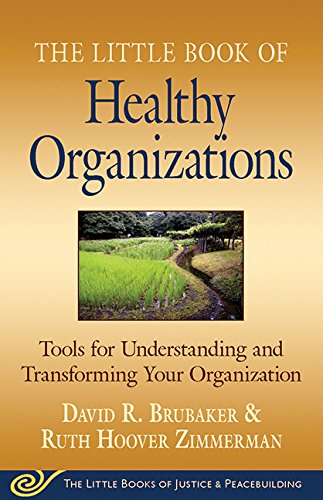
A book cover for Little Book of Healthy Organizations: Tools For Understanding And Transforming Your Organization (The Little Books of Justice & Peacebuilding); David Brubaker; Business & Money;